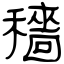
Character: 穡